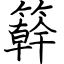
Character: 簳